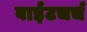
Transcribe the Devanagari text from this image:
वाईटचर्च